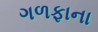
ગળફાના